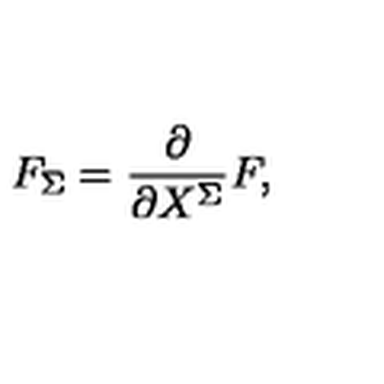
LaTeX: F _ { \Sigma } = { \frac { \partial } { \partial X ^ { \Sigma } } } F ,